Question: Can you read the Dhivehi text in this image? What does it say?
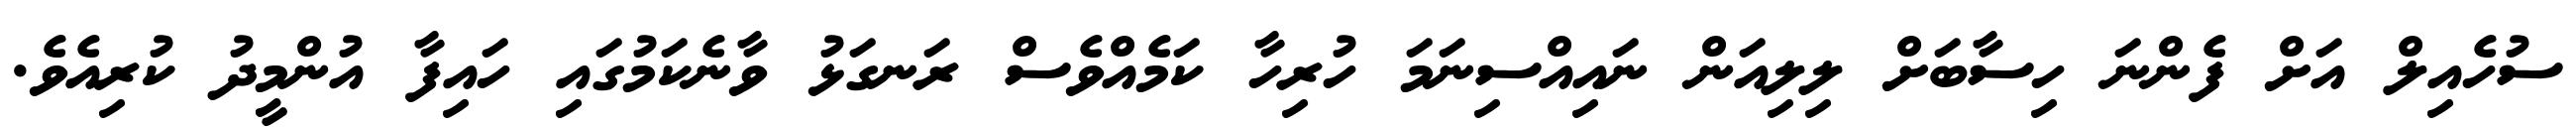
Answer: ސުހެއިލް އަށް ފެންނަ ހިސާބަށް ލިލިއަން ނައިއްސިނަމަ ހުރިހާ ކަމެއްވެސް ރަނގަޅު ވާނެކަމުގައި ހައިފާ އުންމީދު ކުރިއެވެ.